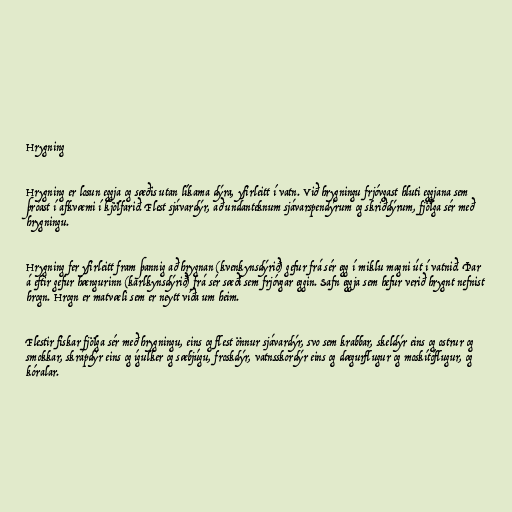
Hrygning

Hrygning er losun eggja og sæðis utan líkama dýra, yfirleitt í vatn. Við hrygningu frjóvgast hluti eggjana sem
þróast í afkvæmi í kjölfarið. Flest sjávardýr, að undanteknum sjávarspendýrum og skriðdýrum, fjölga sér með
hrygningu.

Hrygning fer yfirleitt fram þannig að hrygnan (kvenkynsdýrið) gefur frá sér egg í miklu magni út í vatnið. Þar
á eftir gefur hængurinn (karlkynsdýrið) frá sér sæði sem frjóvgar eggin. Safn eggja sem hefur verið hrygnt nefnist
hrogn. Hrogn er matvæli sem er neytt víða um heim.

Flestir fiskar fjölga sér með hrygningu, eins og flest önnur sjávardýr, svo sem krabbar, skeldýr eins og ostrur og
smokkar, skrápdýr eins og ígulker og sæbjúgu, froskdýr, vatnsskordýr eins og dægurflugur og moskítóflugur, og
kóralar.